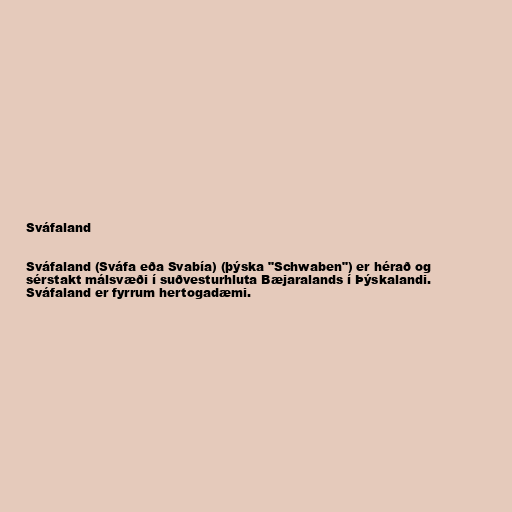
Sváfaland

Sváfaland (Sváfa eða Svabía) (þýska "Schwaben") er hérað og
sérstakt málsvæði í suðvesturhluta Bæjaralands í Þýskalandi.
Sváfaland er fyrrum hertogadæmi.